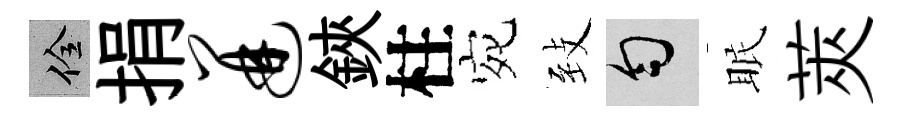
佺捐迸鋏柱宛𦤺匀眠莢